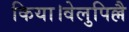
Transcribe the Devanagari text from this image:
किया।वेलुपिल्लै